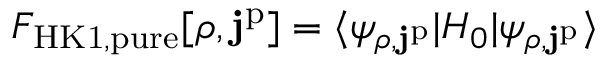
\begin{array} { r } { F _ { \mathrm { H K 1 , p u r e } } [ \rho , \mathbf { j } ^ { \mathrm { p } } ] = \langle \psi _ { \rho , \mathbf { j } ^ { \mathrm { p } } } | H _ { 0 } | \psi _ { \rho , \mathbf { j } ^ { \mathrm { p } } } \rangle } \end{array}